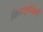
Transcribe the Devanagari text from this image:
किवदन्तियों